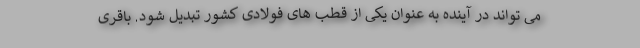
می تواند در آینده به عنوان یکی از قطب های فولادی کشور تبدیل شود. باقری